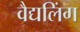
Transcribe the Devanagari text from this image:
वैद्यलिंग